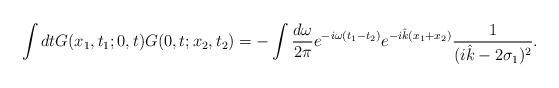
LaTeX: \begin{align*}\int dtG(x_{1},t_{1};0,t)G(0,t;x_{2},t_{2})=-\int\frac{d\omega}{2\pi}e^{-i\omega(t_{1}-t_{2})}e^{-i\hat{k}(x_{1}+x_{2})}\frac{1}{(i\hat{k}-2\sigma_{1})^{2}}.\end{align*}